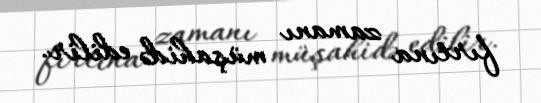
fırtına zamanı müşahidə edilir.